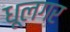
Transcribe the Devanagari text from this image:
धूलगर